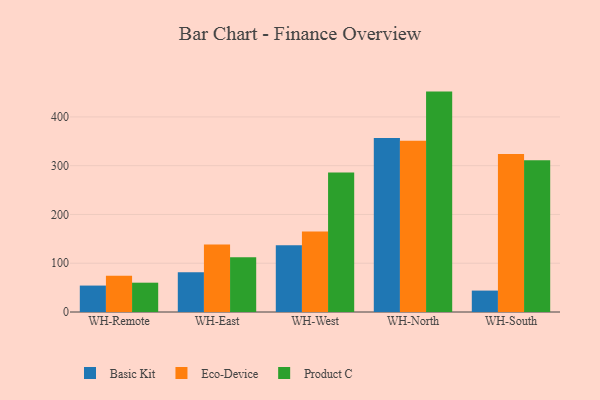
{"axis": {"x": "Warehouse", "y": "Gross Profit (USD K)"}, "legend": ["Basic Kit", "Eco-Device", "Product C"], "data": [{"x": "WH-Remote", "y": 54.2, "type": "Basic Kit"}, {"x": "WH-Remote", "y": 74.4, "type": "Eco-Device"}, {"x": "WH-Remote", "y": 60.1, "type": "Product C"}, {"x": "WH-East", "y": 81.5, "type": "Basic Kit"}, {"x": "WH-East", "y": 138.4, "type": "Eco-Device"}, {"x": "WH-East", "y": 112.3, "type": "Product C"}, {"x": "WH-West", "y": 137.1, "type": "Basic Kit"}, {"x": "WH-West", "y": 164.8, "type": "Eco-Device"}, {"x": "WH-West", "y": 286.2, "type": "Product C"}, {"x": "WH-North", "y": 357.0, "type": "Basic Kit"}, {"x": "WH-North", "y": 351.1, "type": "Eco-Device"}, {"x": "WH-North", "y": 451.9, "type": "Product C"}, {"x": "WH-South", "y": 43.9, "type": "Basic Kit"}, {"x": "WH-South", "y": 324.1, "type": "Eco-Device"}, {"x": "WH-South", "y": 311.0, "type": "Product C"}]}